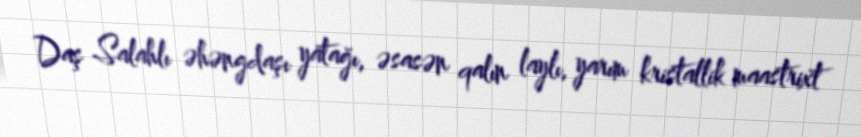
Daş Salahlı əhəngdaşı yatağı, əsasən qalın laylı, yarım kristallik maastrixt